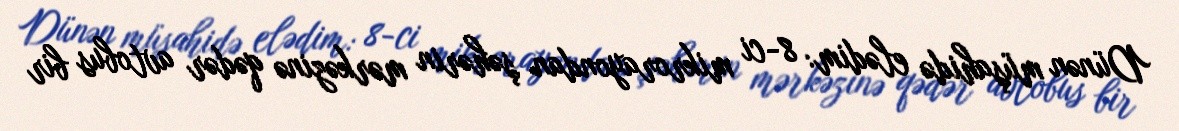
Dünən müşahidə elədim: 8-ci mikrorayondan şəhərin mərkəzinə qədər avtobus bir